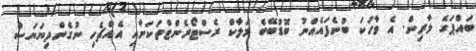
ބައްޕަގެ ލާރިން. އެ ވާހަކަ ބުނެފައެއްނު ބޮޑުބޭބެ މަލާކް ރެސްޓޯރެންޓްތަކަށާއި އެއްޗެހި ނުގެންދިޔަޔަސް